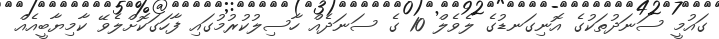
ގައުމީ ސަނަދުތަކުގެ އޮނިގަނޑުގެ ލެވެލް 10 ގެ ސަނަދެއް ހާސިލުކުރުމުގައި ފާހަގަކޮށްލެވޭ ކާމިޔާބީއެއް